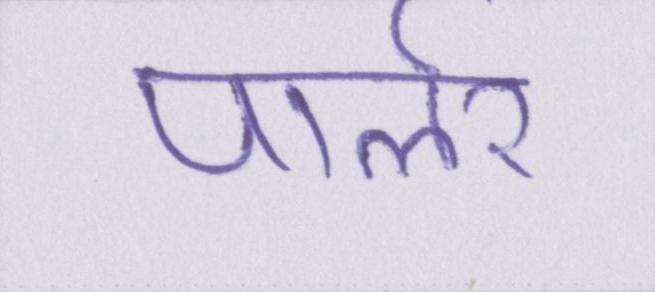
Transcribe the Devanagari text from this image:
पार्लर